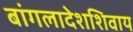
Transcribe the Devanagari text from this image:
बांगलादेशशिवाय